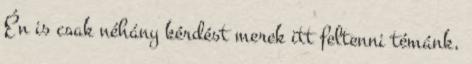
Én is csak néhány kérdést merek itt feltenni témánk,